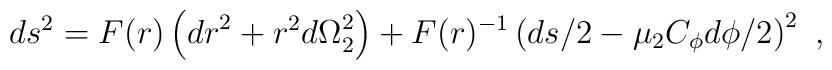
ds^2=F(r) \left({d r}^2 +r^2{d\Omega}_2^2 \right)+F(r)^{-1}\left({d s}/2-\mu_2C_\phi{d\phi}/2\right)^2\ ,